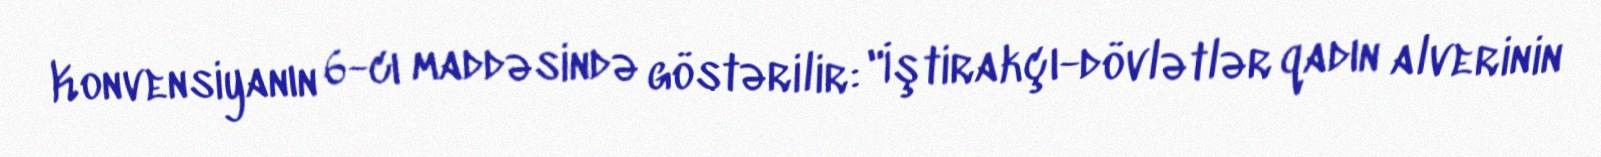
Konvensiyanın 6-cı maddəsində göstərilir: "İştirakçı-dövlətlər qadın alverinin